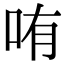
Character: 哊